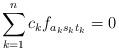
LaTeX: \begin{align*} \sum_{k=1}^n c_kf_{a_ks_kt_k} = 0 \end{align*}